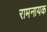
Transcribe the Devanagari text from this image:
रामनायक